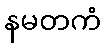
နမတကံ